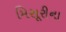
મિસૂરીના